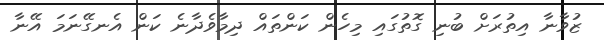
ޒުވާނާ އިތުރަށް ބުނި ގޮތުގައި މިހެން ކަންތައް ދިމާވެދާނެ ކަން އެނގޭނަމަ އޭނާ